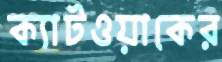
ক্যাটওয়াকের